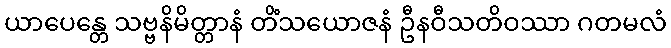
ယာပေန္တေ သဗ္ဗနိမိတ္တာနံ တိံသယောဇနံ ဦနဝီသတိဝဿာ ဂတမလံ